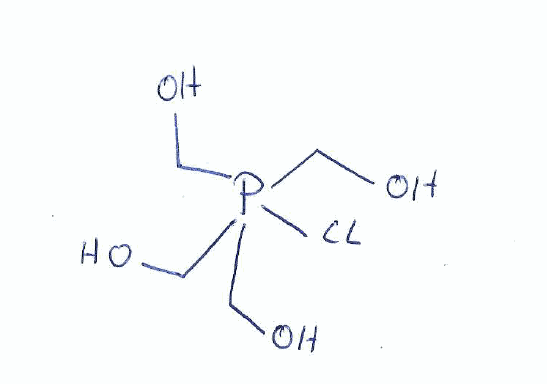
Simplified molecular-input line-entry system (SMILES) notation of the given molecule:
C(O)P(CO)(CO)(CO)Cl